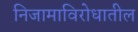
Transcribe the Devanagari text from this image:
निजामाविरोधातील